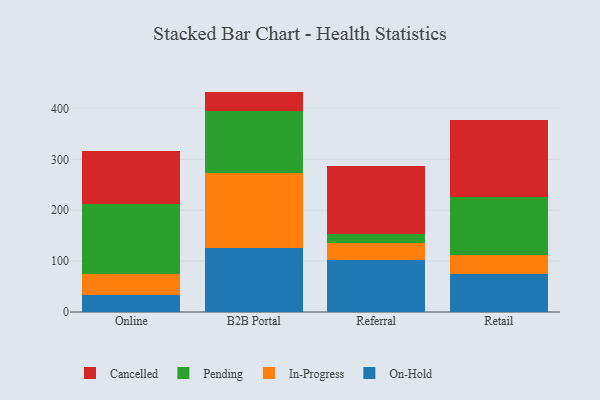
{"axis": {"x": "Channel", "y": "Shipments"}, "legend": ["Cancelled", "In-Progress", "On-Hold", "Pending"], "data": [{"x": "Online", "y": 32.7, "type": "On-Hold"}, {"x": "Online", "y": 41.8, "type": "In-Progress"}, {"x": "Online", "y": 137.5, "type": "Pending"}, {"x": "Online", "y": 104.2, "type": "Cancelled"}, {"x": "B2B Portal", "y": 125.8, "type": "On-Hold"}, {"x": "B2B Portal", "y": 148.0, "type": "In-Progress"}, {"x": "B2B Portal", "y": 120.3, "type": "Pending"}, {"x": "B2B Portal", "y": 38.9, "type": "Cancelled"}, {"x": "Referral", "y": 102.8, "type": "On-Hold"}, {"x": "Referral", "y": 32.5, "type": "In-Progress"}, {"x": "Referral", "y": 18.8, "type": "Pending"}, {"x": "Referral", "y": 132.3, "type": "Cancelled"}, {"x": "Retail", "y": 73.8, "type": "On-Hold"}, {"x": "Retail", "y": 38.7, "type": "In-Progress"}, {"x": "Retail", "y": 114.4, "type": "Pending"}, {"x": "Retail", "y": 151.1, "type": "Cancelled"}]}